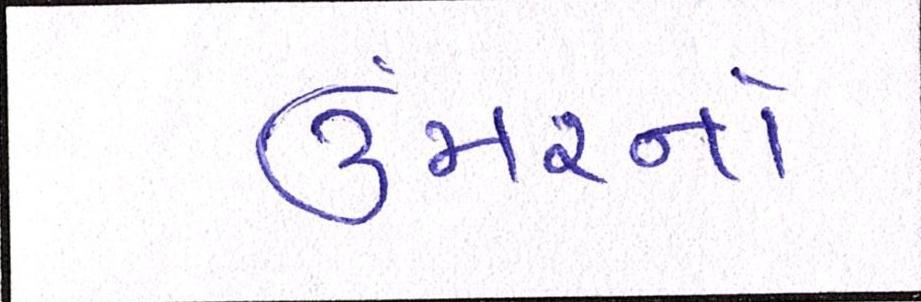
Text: ઉંમરનો